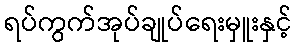
ရပ်ကွက်အုပ်ချုပ်ရေးမှူးနှင့်